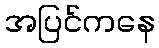
အပြင်ကနေ